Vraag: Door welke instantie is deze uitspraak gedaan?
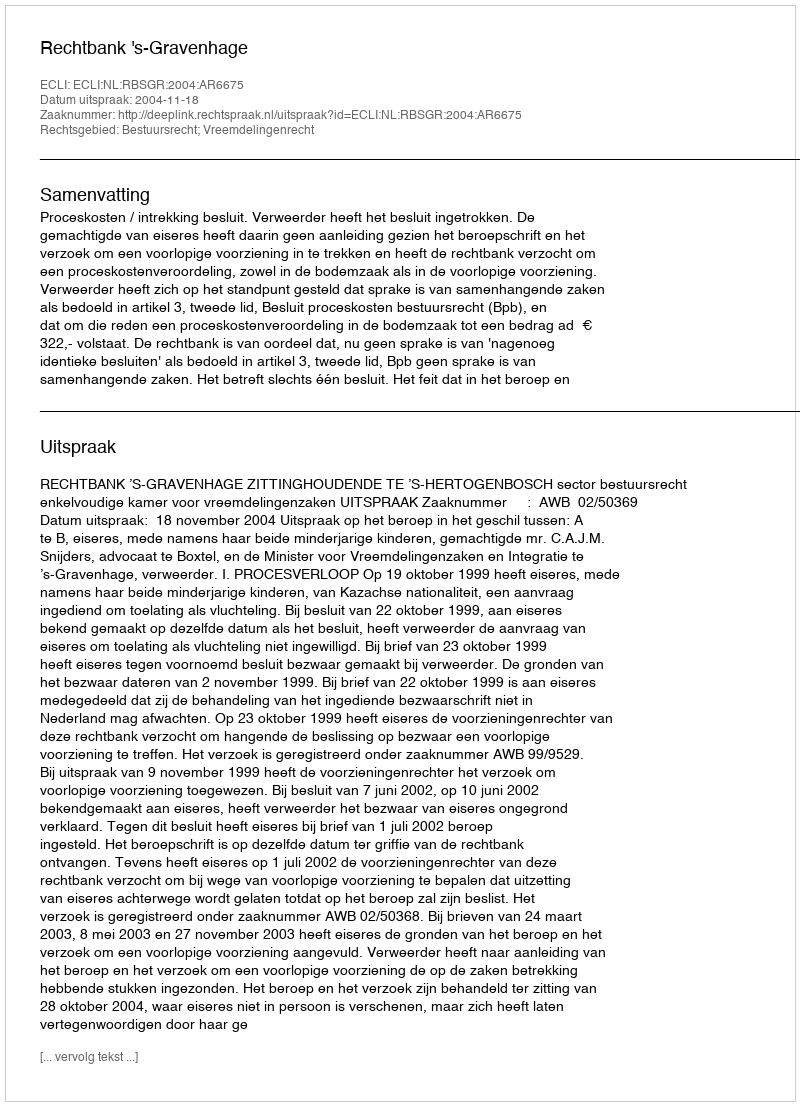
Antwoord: Rechtbank 's-Gravenhage